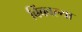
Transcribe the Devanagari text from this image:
बिंबवल्या